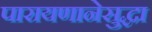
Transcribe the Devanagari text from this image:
पारायणानेसुद्धा